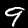
Label: 9